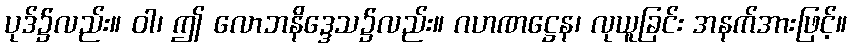
ပုဒ်၌လည်း။ ဝါ၊ ဤ လောဘနိဒ္ဒေသ၌လည်း။ ဂဟဏဋ္ဌေန၊ လုယူခြင်း အနက်အားဖြင့်။